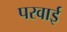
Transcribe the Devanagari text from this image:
परवाई